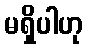
မရှိပါဟု